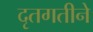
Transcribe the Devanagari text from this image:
दृतगतीने